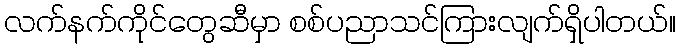
လက်နက်ကိုင်တွေဆီမှာ စစ်ပညာသင်ကြားလျက်ရှိပါတယ်။